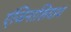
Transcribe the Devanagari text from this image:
एंजिनाशिवाय